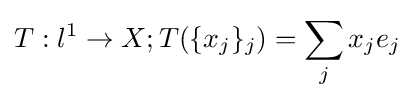
T:l^{1}\to X;T(\{x_{j}\}_{j})=\sum _{j}{x_{j}e_{j}}